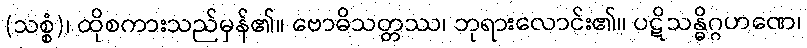
(သစ္စံ)၊ ထိုစကားသည်မှန်၏။ ဗောဓိသတ္တဿ၊ ဘုရားလောင်း၏။ ပဋိသန္ဓိဂ္ဂဟဏေ၊